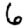
Digit: 6